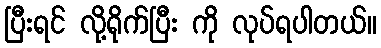
ပြီးရင် လို့ရိုက်ပြီး ကို လုပ်ရပါတယ်။